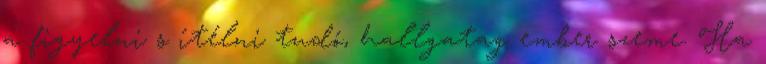
a figyelni s ítélni tudó, hallgatag ember szeme. Ha